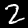
Digit: 2